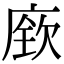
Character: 𫷷